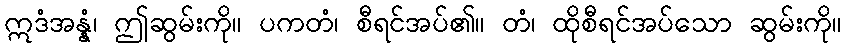
ဣဒံအန္နံ၊ ဤဆွမ်းကို။ ပကတံ၊ စီရင်အပ်၏။ တံ၊ ထိုစီရင်အပ်သော ဆွမ်းကို။